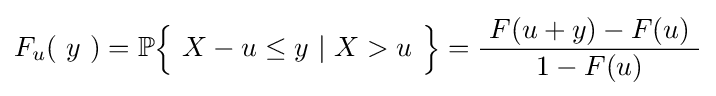
F_{u}(\ y\ )=\operatorname {\mathbb {P} } \!{\Bigl \{}\ X-u\leq y~\vert ~X>u\ {\Bigr \}}={\frac {\ F(u+y)-F(u)\ }{\ 1-F(u)\ }}